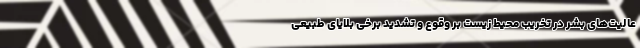
عالیت‌های بشر در تخریب محیط زیست بر وقوع و تشدید برخی بلایای طبیعی